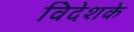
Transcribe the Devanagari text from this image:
विदेशके